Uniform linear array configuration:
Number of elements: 4
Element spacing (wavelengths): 0.5
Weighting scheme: hamming
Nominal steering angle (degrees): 60
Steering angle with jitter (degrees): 61.143
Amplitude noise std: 0.05
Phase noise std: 0.05

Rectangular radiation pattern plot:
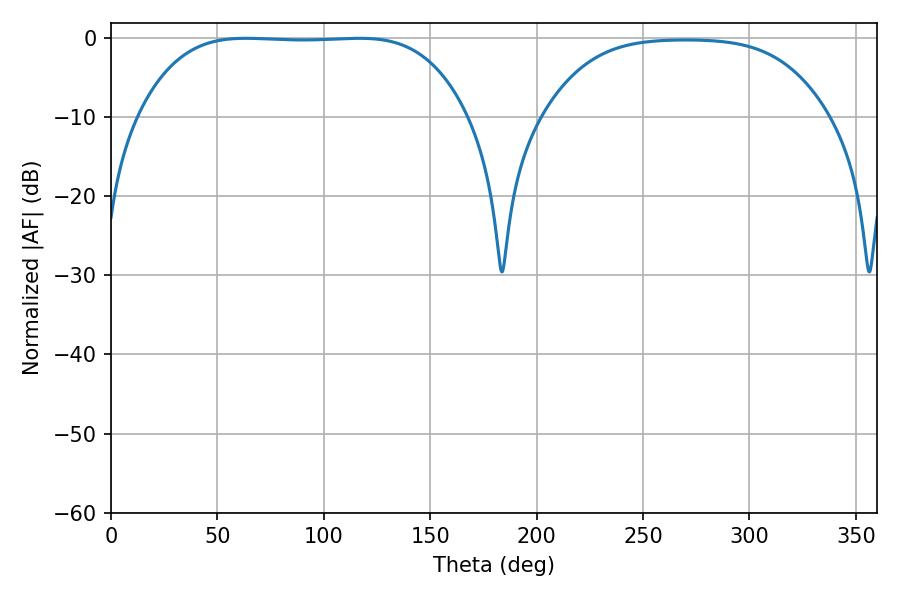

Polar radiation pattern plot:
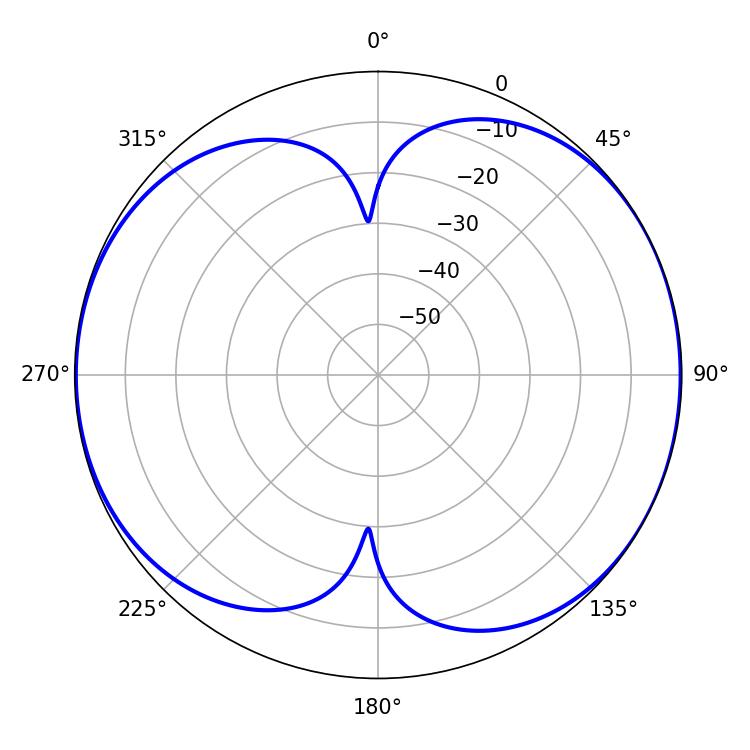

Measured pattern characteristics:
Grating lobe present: FALSE
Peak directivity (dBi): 7.655
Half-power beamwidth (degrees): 119.52
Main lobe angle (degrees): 63.36